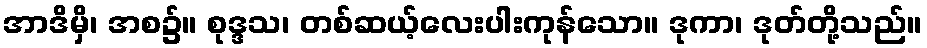
အာဒိမှိ၊ အစ၌။ စုဒ္ဒသ၊ တစ်ဆယ့်လေးပါးကုန်သော။ ဒုကာ၊ ဒုတ်တို့သည်။